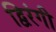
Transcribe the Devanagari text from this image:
द्विरंगी